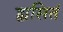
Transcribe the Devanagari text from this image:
ह्यसितं